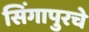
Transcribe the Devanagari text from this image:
सिंगापुरचे